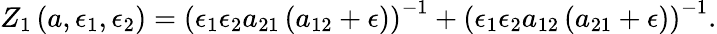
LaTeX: Z_{1}\left(a,\epsilon_{1},\epsilon_{2}\right)=\left(\epsilon_{1}\epsilon_{2}a_{21}\left(a_{12}+\epsilon\right)\right)^{-1}+\left(\epsilon_{1}\epsilon_{2}a_{12}\left(a_{21}+\epsilon\right)\right)^{-1}.